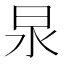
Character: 𭥚